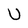
Character: U